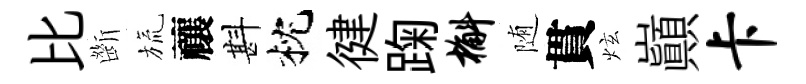
比㫁旒禳斟枕徤踘槲随貫炫巔卡